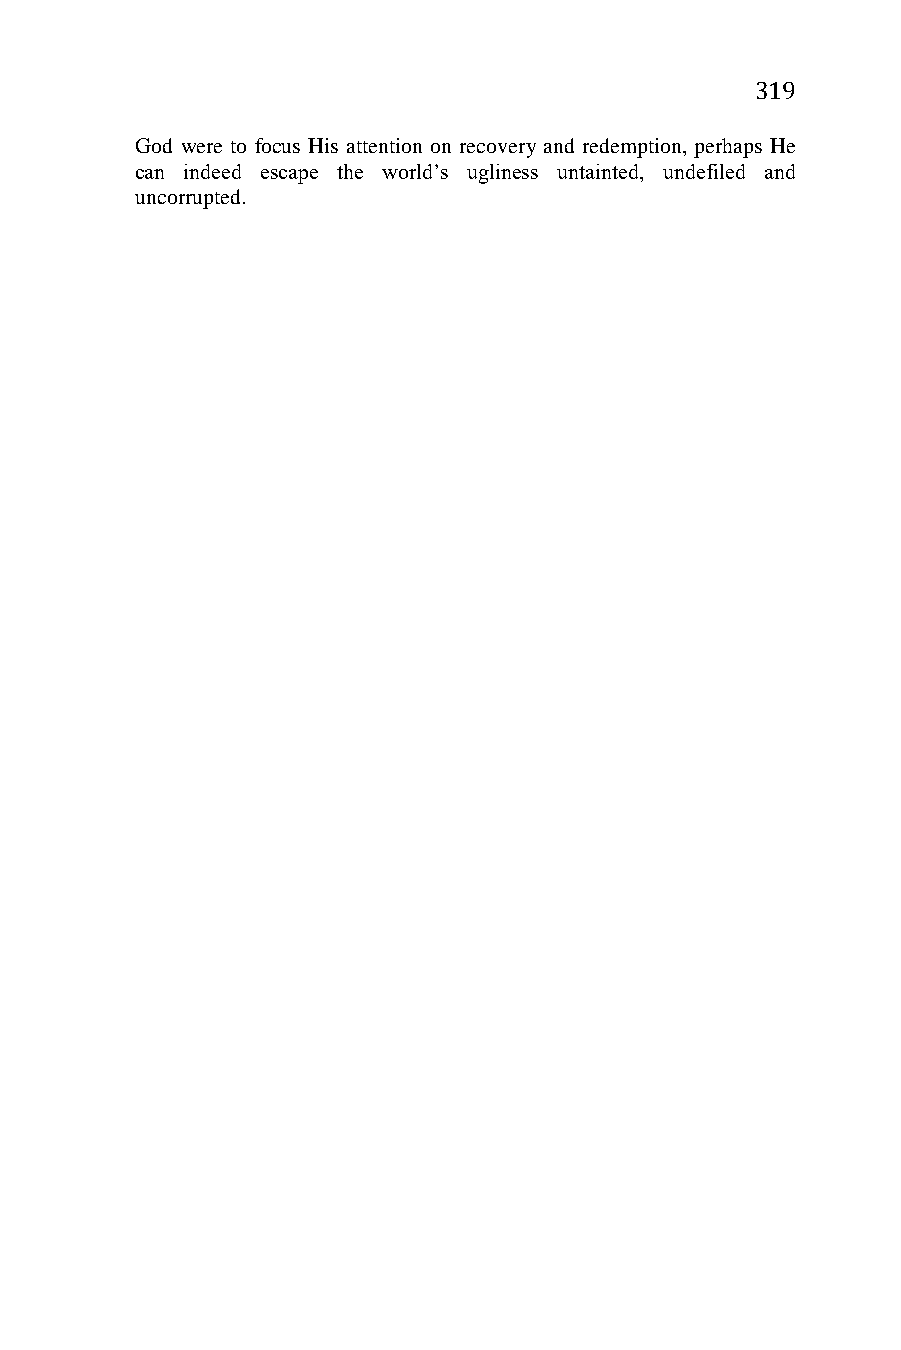
319
 God were to focus His attention on recovery and redemption, perhaps He
 can indeed escape the world’s ugliness untainted, undefiled and
 uncorrupted.